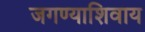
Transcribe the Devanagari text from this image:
जगण्याशिवाय